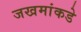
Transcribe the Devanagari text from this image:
जखमांकडे